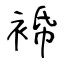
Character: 𧚓